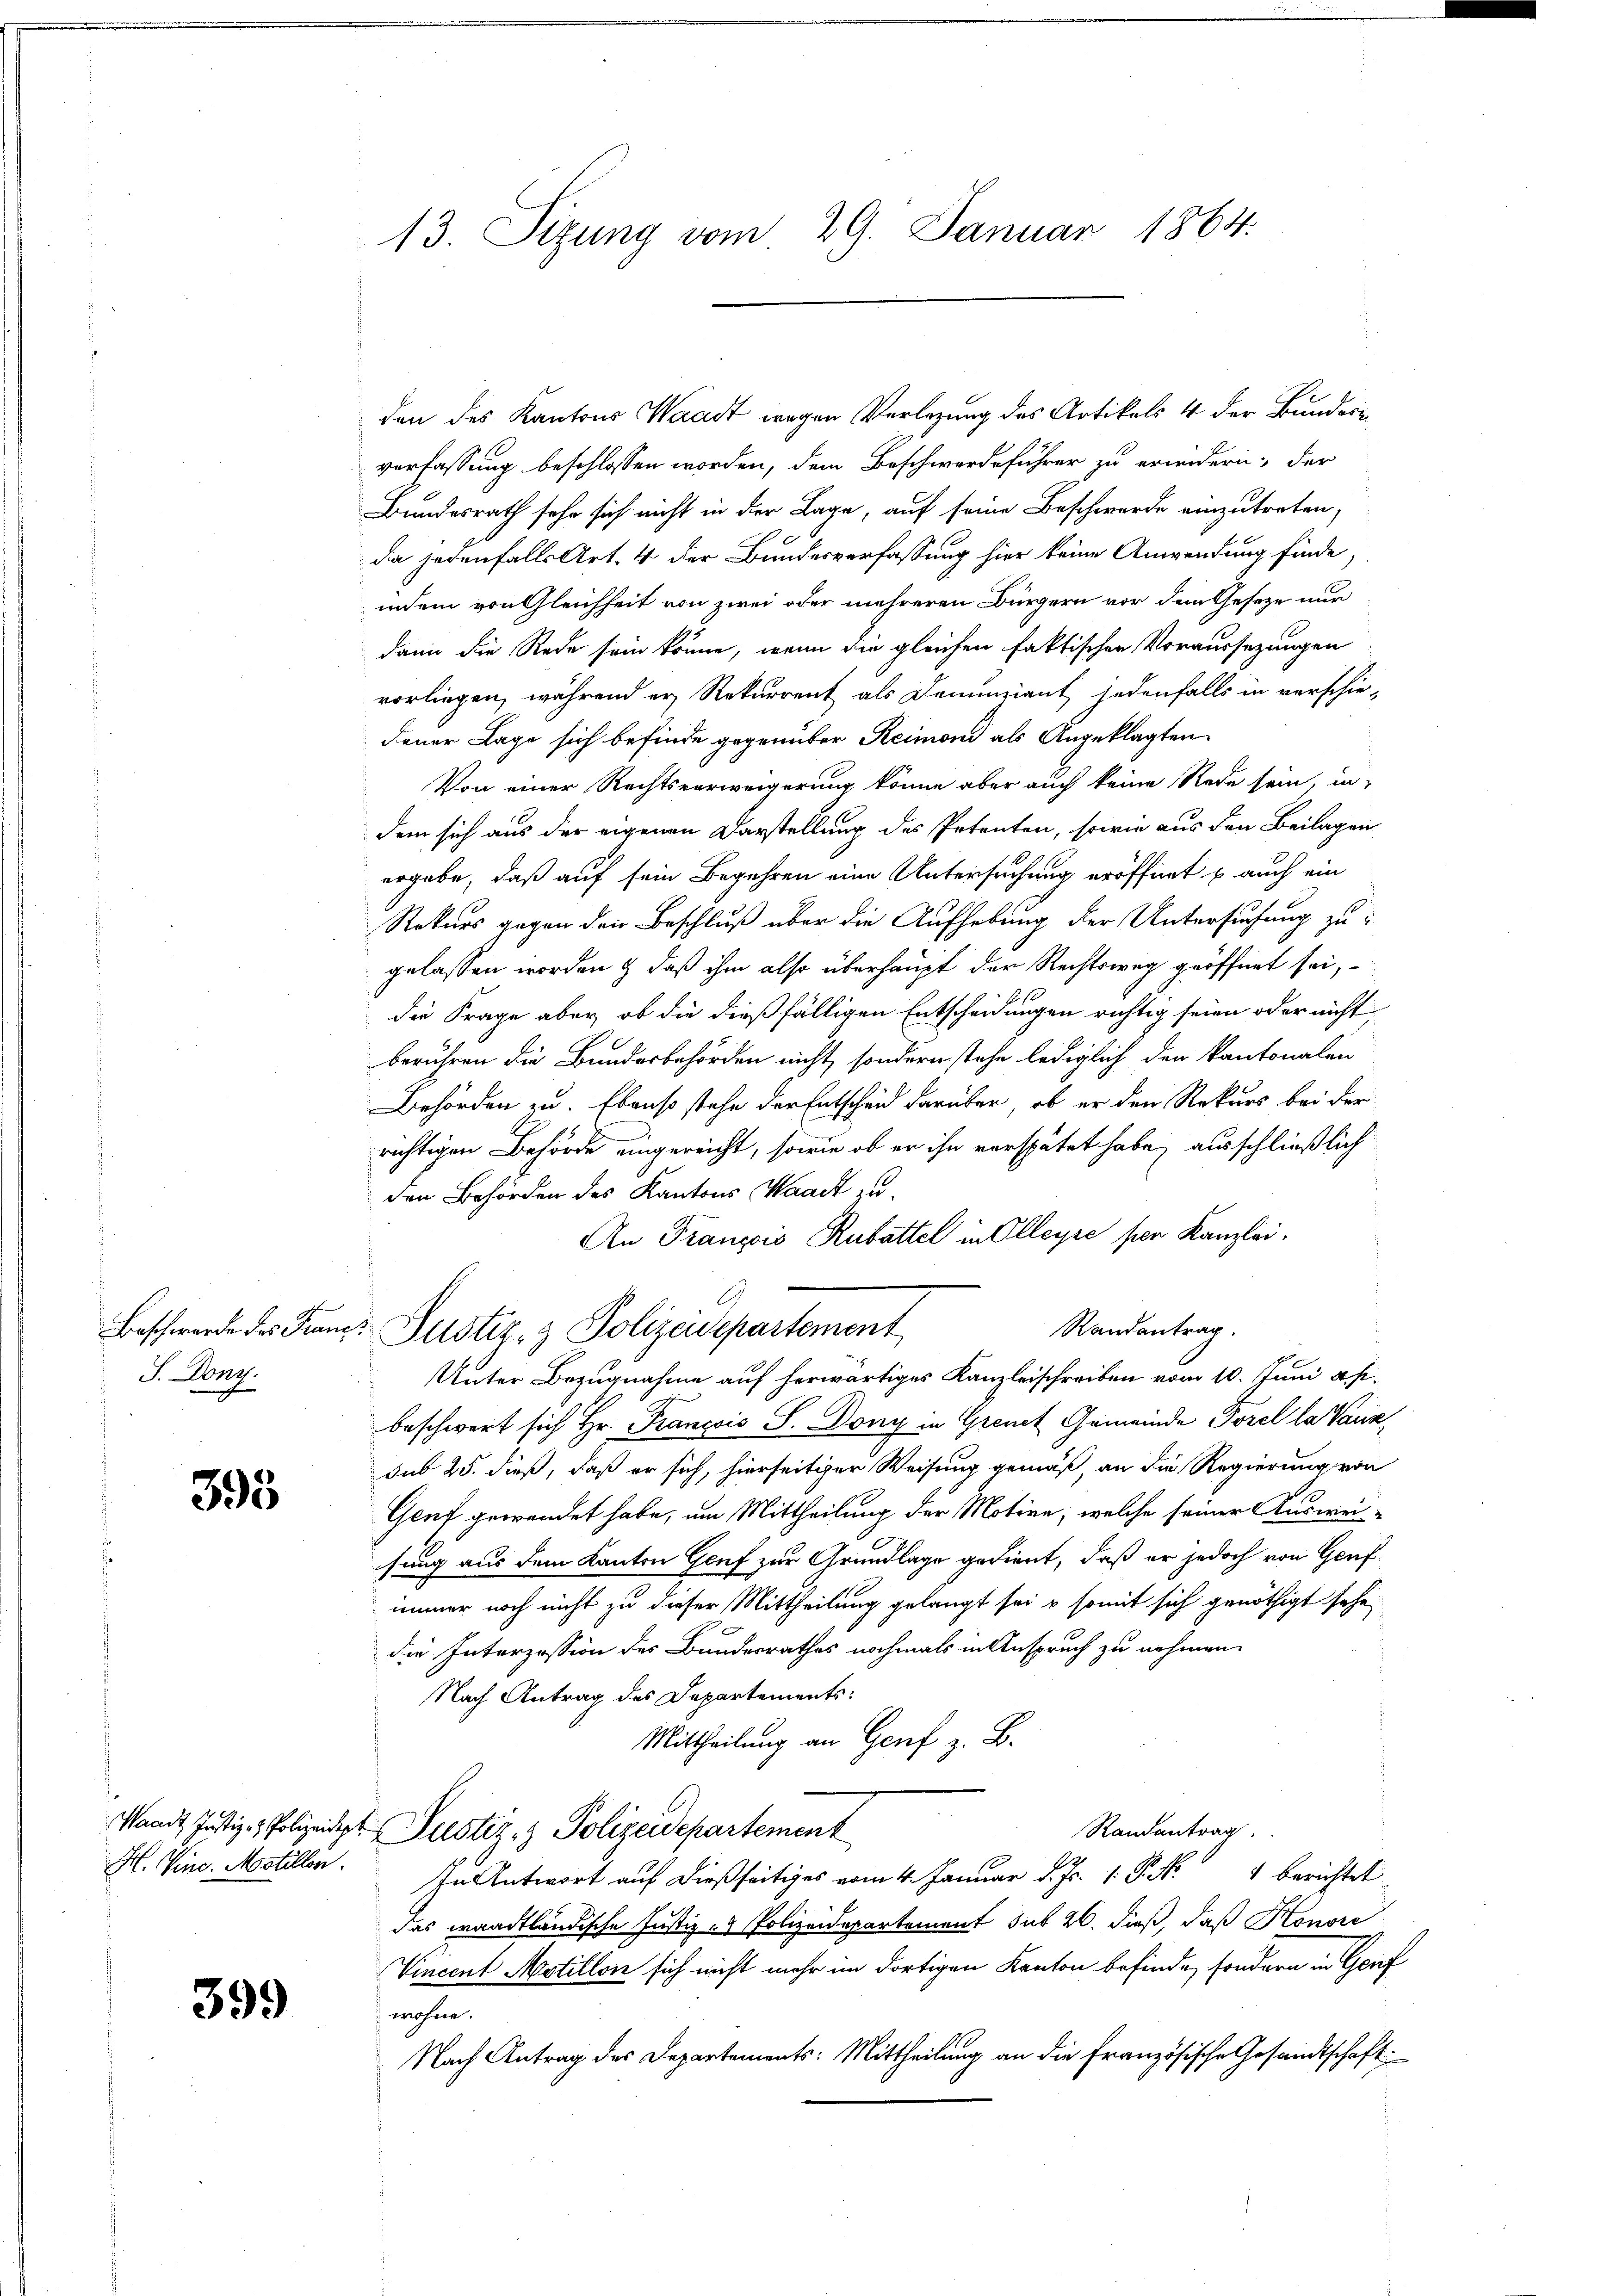
J. Dony.

395

399

den des Kantons Waadt wegen Verlegung des Artikels 4 der Bundesr
verfassung beschlossen worden, dem Beschwerdeführer zu erindern; der
Bundesrath sehe sich nicht in der Lage, auf seine Beschwerde einzutreten,
die jedenfalls Art. 4 der Bundesverfassung hier keine Anwendung finde,
indem von Gleichheit von zwei oder mehreren Bürgern vor dem Geseze nur
dann die Rede sein könne, wenn die gleichen faktischen Voraussezungen
vorliegen, während er Rekurrent als Denunziant jedenfalls in verschie-
dener Lage sich befinde gegenüber Reimoni als Angeklagten
Von einer Rechtsverweigerung könne aber auch keine Rede sein, in
dem sich aus der eigenen Darstellung des Petenten, sowie aus den Beilagen
ergebe, daß auf sein Begehren eine Untersuchung eröffnet u. auch ein
Rekurs gegen den Beschluß über die Aufhebung der Untersuchung zugelassen worden & daß ihm also überhaupt der Rechtsweg geöffnet sei,
die Frage aber, ob die dießfälligen Entscheidungen richtig seien oder nicht
beruhren die Bundesbehörden nicht, sondern stehe lediglich den kantonalen
Behörden zu. Ebenso stehe der Entscheid darüber, ob er den Rekurs bei der
richtigen Behörde eingereicht, sowie ob er ihn verspätet habe, ausschließlich
den Behörden des Kantons Waadt zu
An François Rubattel in Olleyre per Kanzlei,
e
A
Randantrag.
Beschwerde des Francs Justiz- & Polizeidepartement
1
Unter Bezugnahme auf herwärtiges Kanzleischreiben vom 10. Juni a. p.
beschwert sich Hr. François S. Dony in Grent Gemeinde Forel la Vauz,
sub 25. dieß, daß er sich, hierseitiger Weisung gemäß, an die Regierung von
Genf gewendet habe, um Mittheilung der Motive, welche seiner Ausweisung aus dem Kanton Genf zur Grundlage gedient, daß er jedoch von Genf
immer noch nicht zu dieser Mittheilung gelangt sei & somit sich genöthigt sehe,
die Interzession des Bundesrathes nochmals in Anspruch zu nehmen.
Nach Antrag des Departements:
Mittheilung an Genf z. B.
Waadt Justiz- & Polizeipt Justiz- & Polizeidepartement
Randantrag
H. Vine. Mostillen. In Antwort auf dießseitiges vom 4. Januar d. Js. 1. P. Nr. 4 berichtet
das waadtländische Justiz- & Polizeidepartement sub 20. dieß, daß Honore
Vincent Motillon sich nicht mehr im dortigen Kanton befinde, sondern in Genf
wohne.
Nach Antrag des Departements: Mittheilung an die französische Gesandtschaft:

13. Sizung vom 29. Januar 1864.